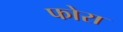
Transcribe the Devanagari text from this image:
फोरा